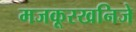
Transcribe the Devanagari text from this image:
मजकूरखनिजे